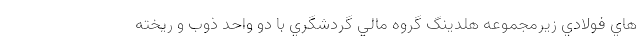
هاي فولادي زيرمجموعه هلدينگ گروه مالي گردشگري با دو واحد ذوب و ريخته